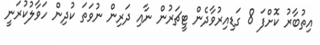
އިތުބާރު ކޮށްްފަަ 8 ގަޑިއިރުވާދެން ޓީޗަރުން ނާއި ދަރިން ނުވަތަ ކުދިން ހަވާލުކުރަނީ